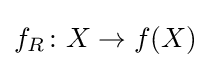
f_{R}\colon X\rightarrow f(X)